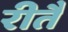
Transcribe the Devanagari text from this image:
रीतै